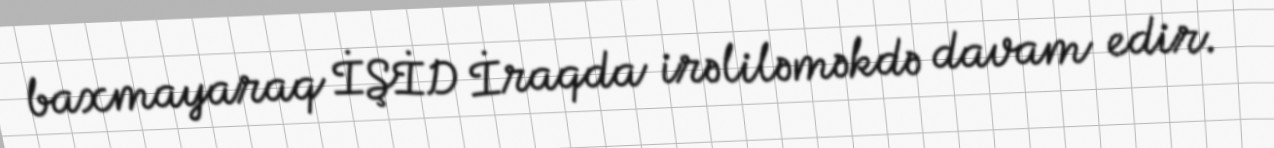
baxmayaraq İŞİD İraqda irəliləməkdə davam edir.